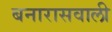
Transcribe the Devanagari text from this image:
बनारासवाली